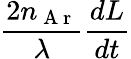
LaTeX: \frac{2n_{\mathrm{~A~r~}}}{\lambda}\frac{dL}{dt}